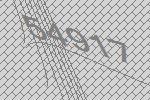
54917